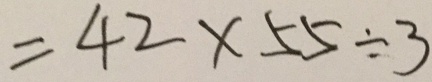
= 4 2 \times 5 5 \div 3